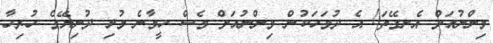
މިންނުއަށް އެނގޭތަ! އެ ދުވަހަކުން މިންނުއަށް ވެސް ހީވާނެ މުޅި ދުނިޔޭގެ ހުރިހާ